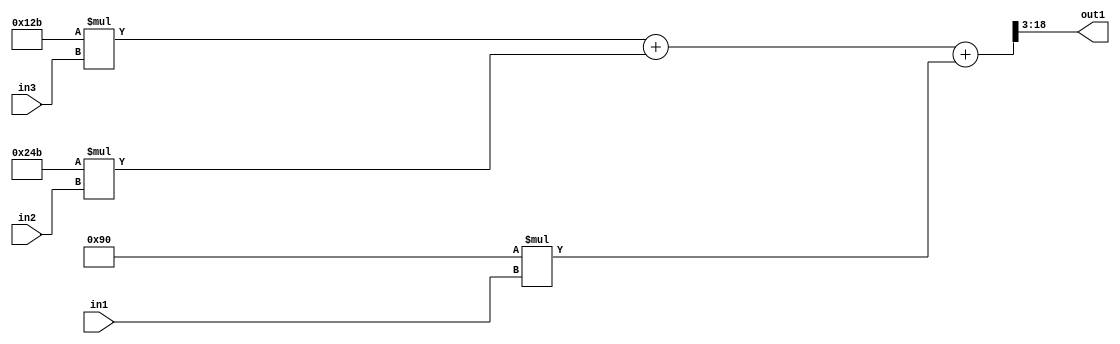
`timescale 1ps / 1ps
/*****************************************************************************
    Verilog RTL Description
    
    
    Created by: Stratus DpOpt 2019.1.01 
*******************************************************************************/

module SobelFilter_R18_3Add3Mul2i144u8Mul2iLLu8Mul2i299u8_4 (
	in3,
	in2,
	in1,
	out1
	); /* architecture "behavioural" */ 
input [7:0] in3,
	in2,
	in1;
output [15:0] out1;
wire [18:0] asc003;

wire [18:0] asc003_tmp_0;
wire [18:0] asc003_tmp_1;
assign asc003_tmp_1 = 
	+(19'B0000000000100101011 * in3);
assign asc003_tmp_0 = asc003_tmp_1
	+(19'B0000000001001001011 * in2);
assign asc003 = asc003_tmp_0
	+(19'B0000000000010010000 * in1);

assign out1 = asc003[18:3];
endmodule

/* CADENCE  v7X3Tww= : u9/ySgnWtBlWxVPRXgAZ4Og= ** DO NOT EDIT THIS LINE ******/